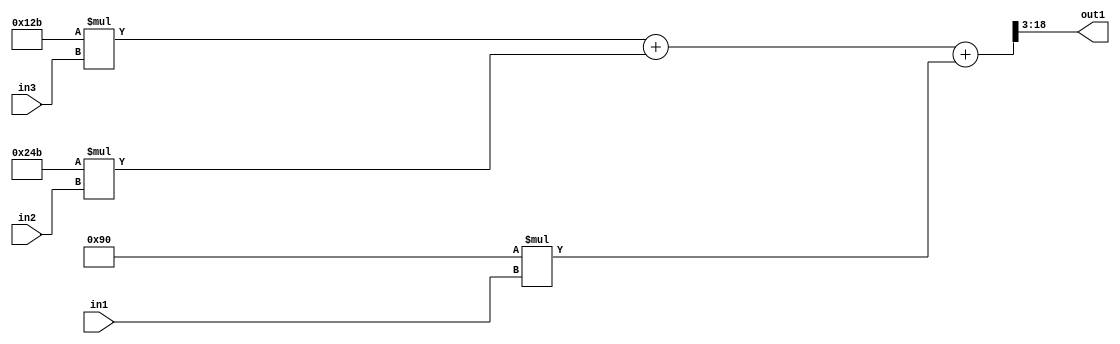
`timescale 1ps / 1ps
/*****************************************************************************
    Verilog RTL Description
    
    
    Created by: Stratus DpOpt 2019.1.01 
*******************************************************************************/

module SobelFilter_R18_3Add3Mul2i144u8Mul2iLLu8Mul2i299u8_4 (
	in3,
	in2,
	in1,
	out1
	); /* architecture "behavioural" */ 
input [7:0] in3,
	in2,
	in1;
output [15:0] out1;
wire [18:0] asc003;

wire [18:0] asc003_tmp_0;
wire [18:0] asc003_tmp_1;
assign asc003_tmp_1 = 
	+(19'B0000000000100101011 * in3);
assign asc003_tmp_0 = asc003_tmp_1
	+(19'B0000000001001001011 * in2);
assign asc003 = asc003_tmp_0
	+(19'B0000000000010010000 * in1);

assign out1 = asc003[18:3];
endmodule

/* CADENCE  v7X3Tww= : u9/ySgnWtBlWxVPRXgAZ4Og= ** DO NOT EDIT THIS LINE ******/